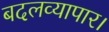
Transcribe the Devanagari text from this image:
बदलव्यापार।